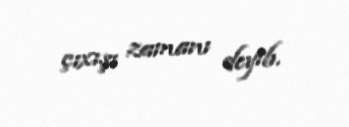
çıxışı zamanı deyib.